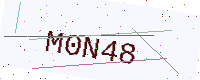
Text: M0N48